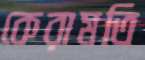
কেরামতি